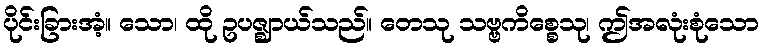
ပိုင်းခြားအံ့။ သော၊ ထို ဥပဇ္ဈာယ်သည်။ တေသု သဗ္ဗကိစ္စေသု၊ ဤအလုံးစုံသော